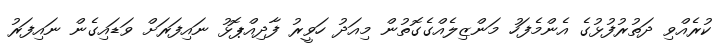
ކުރެއްވި ދަތުރުފުޅުގެ އެންމެފަހު މަންޒިލެއްގެގޮތުން މިއަދު ހަވީރު ފާދިއްޕޮޅު ނައިފަރަށް ވަޑައިގެން ނައިފަރު